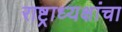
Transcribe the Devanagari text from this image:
राष्ट्राध्यक्षांचा